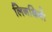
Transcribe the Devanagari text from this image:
लिनथिगो